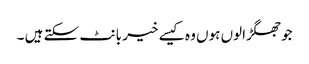
جوجھگڑالوں ہوں وہ کیسے خیر بانٹ سکتے ہیں ۔